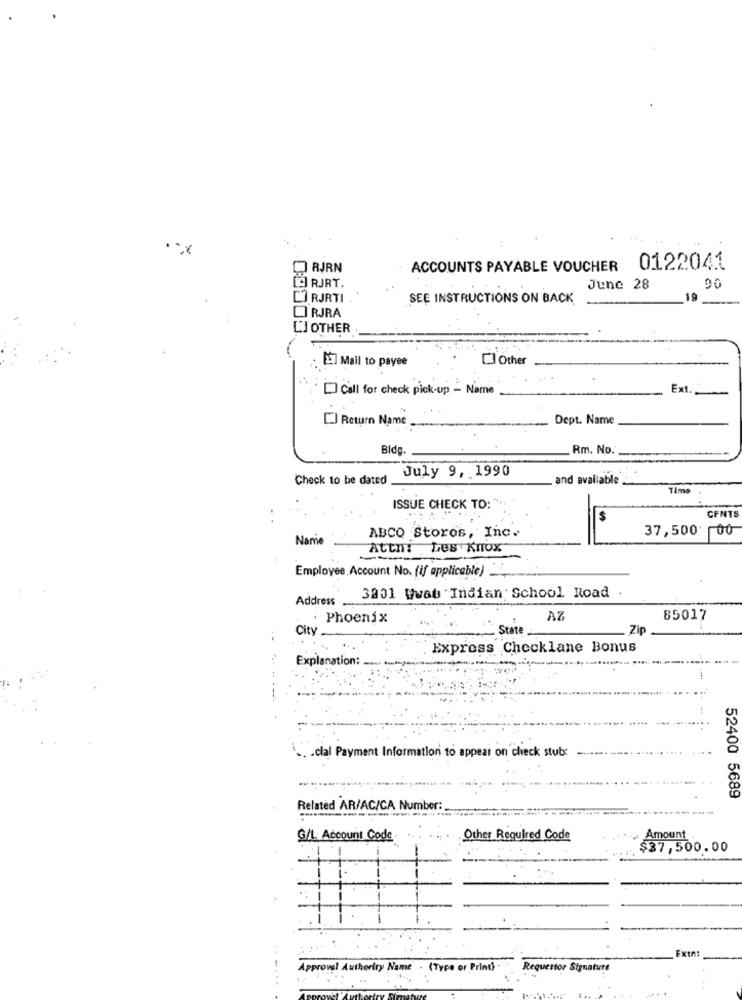
RJRN
ACCOUNTS PAYABLE VOUCHER 0122041
[9] RJRT.
June 28
90
[] RJRTI .
SEE INSTRUCTIONS ON BACK
19
LI RJRA
LI OTHER
[] Other
: [2] Mail to payee
[] Call for check pick-up - Name
Ext.
C) Return Name
Dept. Name
Bid
Rm. No.
July 9, 1990
Check to be dated
and available.
Time
ISSUE CHECK TO:
$
CENTS
ABCO Storos, Inc.
37,500 00
Name
Attn: Les Knox
Employee Account No. (if applicable)
Address ...
3901 Wwat Indian School Road .
Phoenix
AZ
85017
City
State
Zip
Express Checklane Bonus
Explanation:
.. . clal Payment Information to appear on check stub
52400 5689
Related AR/AC/CA Number:
G/L. Account Code
Other Required Code
Amount
$37,500.00
ExtA:
Approval Authority Name . (Type or Print) .
Requertor Signature
.....